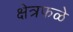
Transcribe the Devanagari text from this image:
क्षेत्रफळे